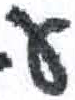
אות: ע